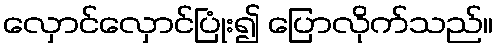
လှောင်လှောင်ပြုံး၍ ပြောလိုက်သည်။